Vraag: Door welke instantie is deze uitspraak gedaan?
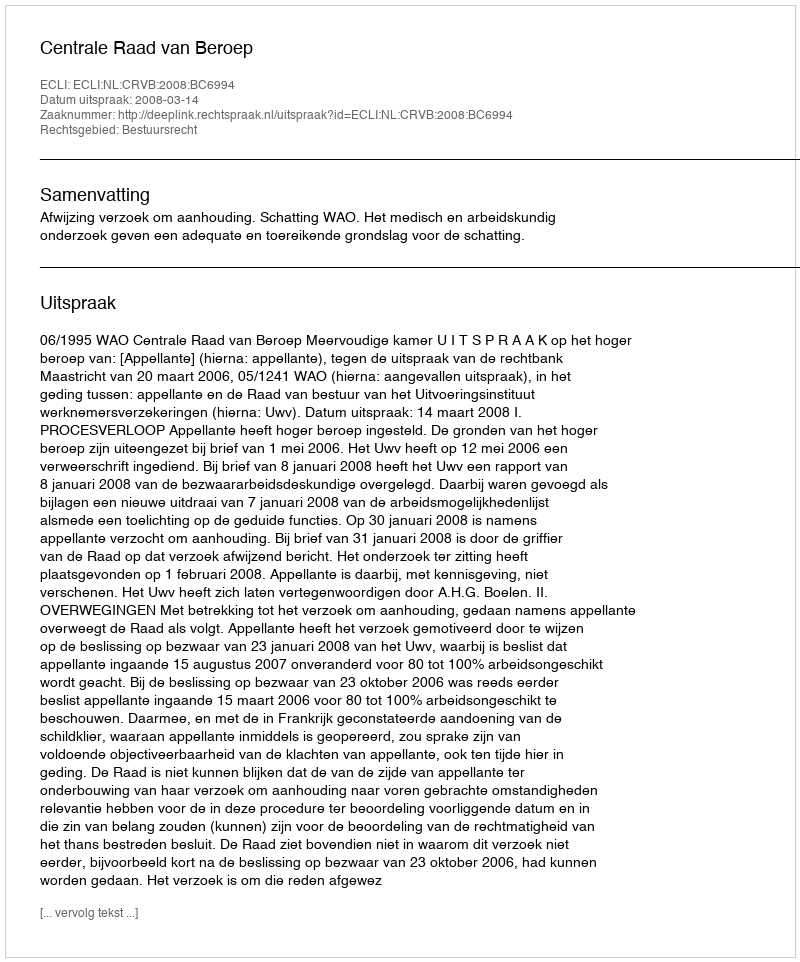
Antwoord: Centrale Raad van Beroep